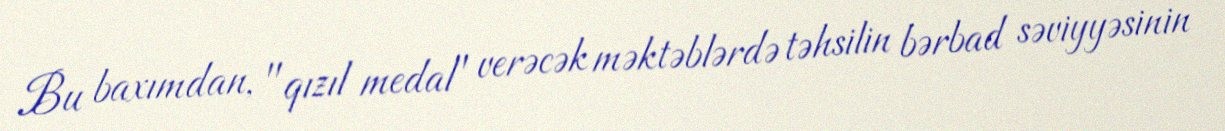
Bu baxımdan, "qızıl medal" verəcək məktəblərdə təhsilin bərbad səviyyəsinin